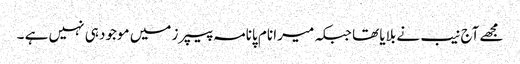
مجھے آج نیب نے بلایا تھا جبکہ میرا نام پانامہ پیپرز میں موجود ہی نہیں ہے ۔